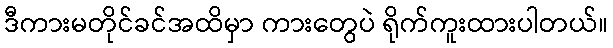
ဒီကားမတိုင်ခင်အထိမှာ ကားတွေပဲ ရိုက်ကူးထားပါတယ်။